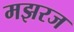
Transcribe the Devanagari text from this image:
मझरज